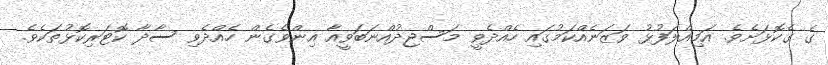
ގެ ގެކޮޅަށެވެ. އަމިއްލަފުޅު ވަޒަނެއްކަމުގައި ހެއްދެވީ މަސްޖިދުއްނަބަވީއާ އިންވެގެން ހެއްދެވި ސާދާ ކޮޓަރިކޮޅުތަކެވެ.